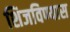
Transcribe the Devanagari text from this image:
शिजविण्यास